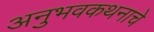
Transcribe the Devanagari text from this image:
अनुभवकथनाचे